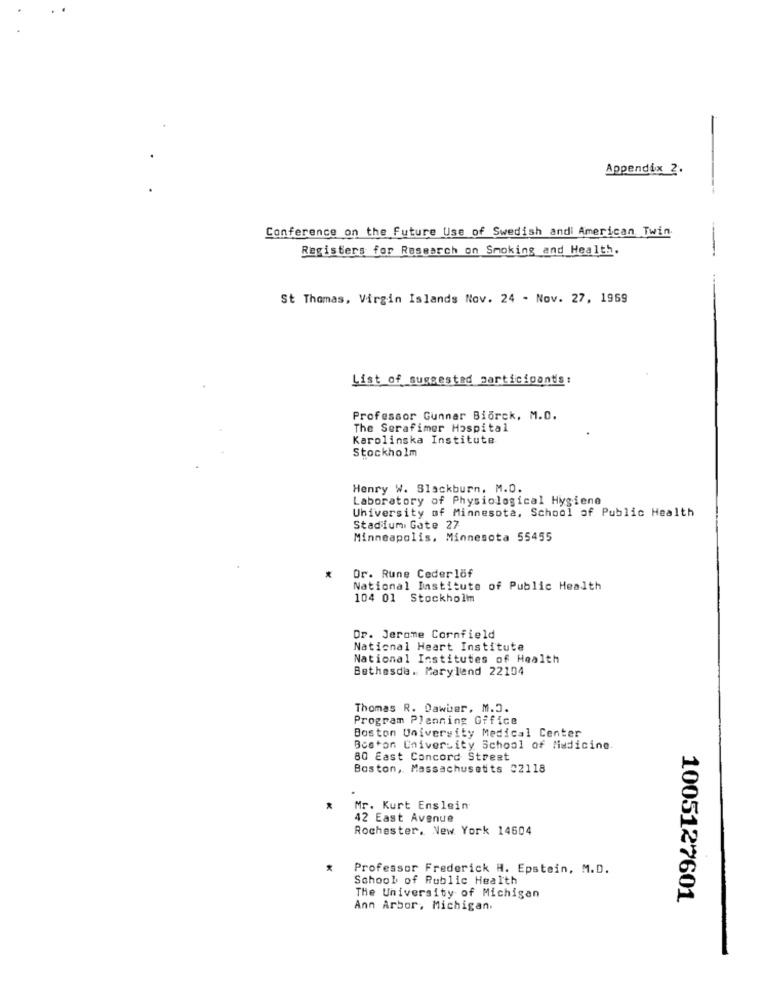
Appendix 2.
Conference on the Future Use of Swedish andi American Twin.
Registers for Research on Smoking and Health.
St Thomas, Virgin Islands Nov. 24 - Nov. 27, 1969
List of suggested participants:
Professor Gunnar Biorck, M.D.
The Serafimer Hospital
Karolinska Institute
Stockholm
Henry W. Blackburn. M.O.
Laboratory of Physiological Hygiene
University of Minnesota, School of Public Health
Stadiumi Gote 27
Minneapolis, Minnesota 55455
Or. Rune Cederlöf
National Institute of Public Health
104 01 Stockholm
Dr. Jerome Cornfield
National Heart Institute
National Institutes of Health
Bethesda. Maryland 22104
Thomas R. Dawber, M.J.
Program Planning Office
Boston University Medical Center
Boston University School of Medicine.
80 East Concord Street
Boston, Massachusetts 02118
Mr. Kurt Enslein
42 East Avenue
Rochester, New York 14604
Professor Frederick H. Epstein, M.D.
School of Public Health
The University of Michigan
1005127601
Ann Arbor, Michigan.